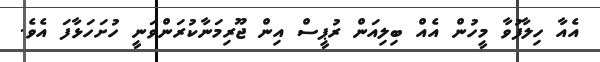
އެއާ ހިލާފުވާ މީހުން އެއް ބިލިއަން ރުޕީސް އިން ޖޫރިމަނާކުރަންވަނީ ހުށަހަޅާފަ އެވެ.